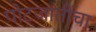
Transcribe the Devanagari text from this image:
पोटजातींचा